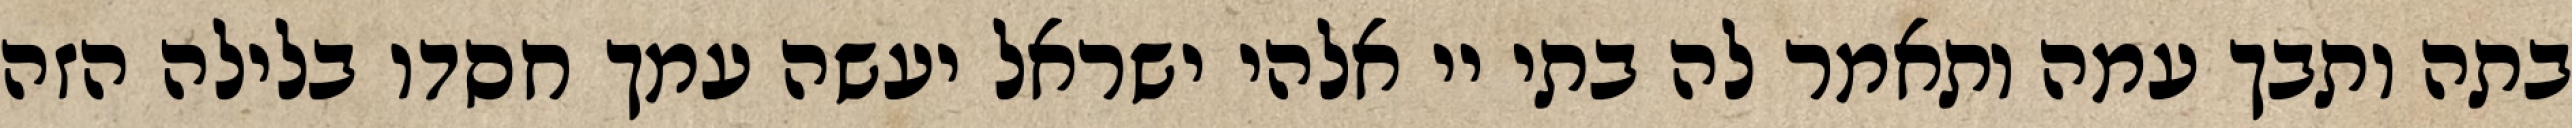
בתה ותבך עמה ותאמר לה בתי יי אלהי ישראל יעשה עמך חסדו בלילה הזה